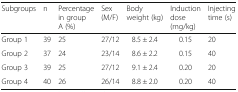
| Subgroups | n | Percentage in group A (%) | Sex (M/F) | Body weight (kg) | Induction dose (mg/kg) | Injecting time (s) |
 | --- | --- | --- | --- | --- | --- | --- |
 | Group 1 | 39 | 25 | 27/12 | 8.5 ± 2.4 | 0.15 | 20 |
 | Group 2 | 37 | 24 | 23/14 | 8.6 ± 2.2 | 0.15 | 40 |
 | Group 3 | 39 | 25 | 27/12 | 9.1 ± 2.4 | 0.20 | 20 |
 | Group 4 | 40 | 26 | 26/14 | 8.8 ± 2.0 | 0.20 | 40 |